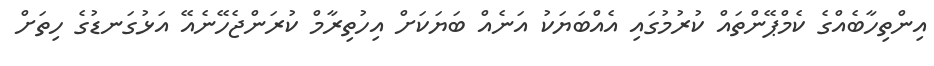
އިންތިހާބެއްގެ ކެމްޕޭންތައް ކުރުމުގައި އެއްބަޔަކު އަނެއް ބަޔަކަށް އިހުތިރާމް ކުރަންޖެހޭނެއޭ އަޅުގަނޑުގެ ހިތަށް